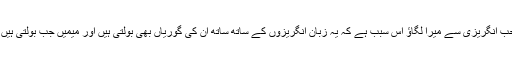
میں نے معزرت خواہانہ انداز میں کہا چوہدری صاحب انگریزی سے میرا لگاؤ اس سبب ہے کہ یہ زبان انگریزوں کے ساتھ ساتھ ان کی گوریاں بھی بولتی ہیں اور میمیں جب بولتی ہیں تو ہمارے کانوں سے زیادہ آنکھیں سننے لگتی ہیں ۔